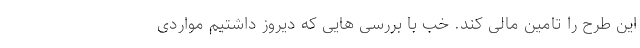
این طرح را تامین مالی کند. خب با بررسی هایی که دیروز داشتیم مواردی